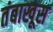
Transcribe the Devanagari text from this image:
तंबाखूस